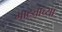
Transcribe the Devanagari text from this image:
भाट्याच्या